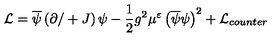
{ \cal L } = \overline { { \psi } } \left( \partial / + J \right) \psi - \frac { 1 } { 2 } g ^ { 2 } \mu ^ { \varepsilon } \left( \overline { { \psi } } \psi \right) ^ { 2 } + { \cal L } _ { c o u n t e r }